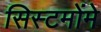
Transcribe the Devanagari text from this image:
सिस्टमोंमे